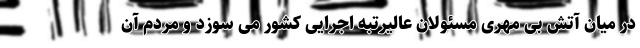
در میان آتش بی مهری مسئولان عالیرتبه اجرایی کشور می سوزد و مردم آن